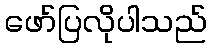
ဖော်ပြလိုပါသည်